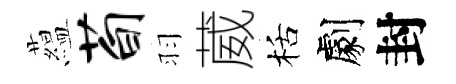
藴荀羽葳栝劇封